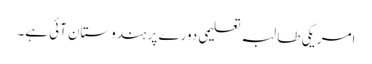
امریکی طالبہ تعلیمی دورے پر ہندوستان آئی ہے۔